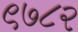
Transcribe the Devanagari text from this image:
९७८२